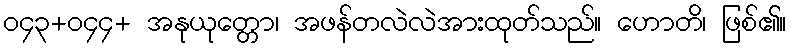
ဝ၄၃+ဝ၄၄+ အနုယုတ္တော၊ အဖန်တလဲလဲအားထုတ်သည်။ ဟောတိ၊ ဖြစ်၏။